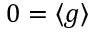
0 = \left\langle g \right\rangle